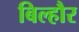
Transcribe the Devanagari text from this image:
बिल्‍हौर